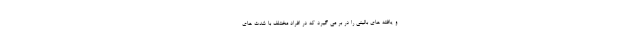
و یافته های بالینی را در بر می گیرد که در افراد مختلف با شدت های